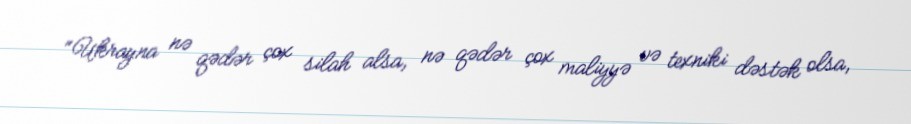
“Ukrayna nə qədər çox silah alsa, nə qədər çox maliyyə və texniki dəstək olsa,